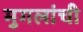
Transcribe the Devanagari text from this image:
मुगलांची